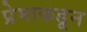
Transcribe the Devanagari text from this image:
प्रेमाकडून